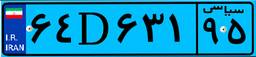
۶۴D۶۳۱۹۵